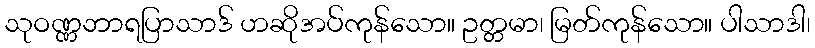
သုဝဏ္ဏဘာရပြာသာဒ် ဟဆိုအပ်ကုန်သော။ ဥတ္တမာ၊ မြတ်ကုန်သော။ ပါသာဒါ၊